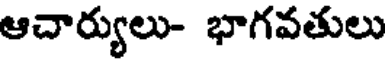
ఆచార్యులు- భాగవతులు